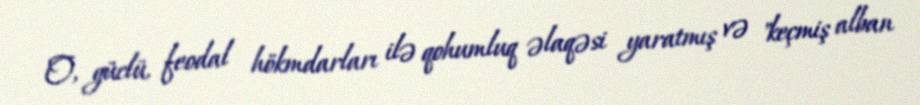
O, güclü, feodal hökmdarları ilə qohumluq əlaqəsi yaratmış və "keçmiş alban